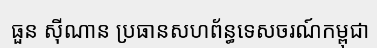
ធួន ស៊ីណាន ប្រធានសហព័ន្ធទេសចរណ៍កម្ពុជា